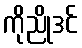
ကိုညိုဒင်